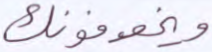
ويخوفونك